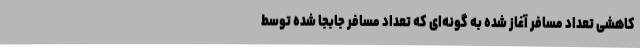
کاهشی تعداد مسافر آغاز شده به گونه‌ای که تعداد مسافر جابجا شده توسط